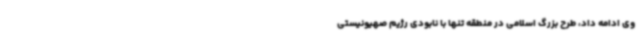
وی ادامه داد، طرح بزرگ اسلامی در منطقه تنها با نابودی رژیم صهیونیستی